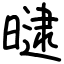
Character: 曃